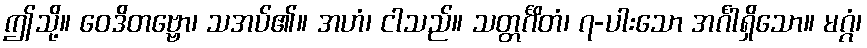
ဤသို့။ ဝေဒိတဗ္ဗော၊ သအပ်၏။ အဟံ၊ ငါသည်။ သတ္တင်္ဂိတံ၊ ၇-ပါးသော အင်္ဂါရှိသော။ မဂ္ဂံ၊